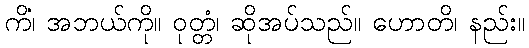
ကိံ၊ အဘယ်ကို။ ဝုတ္တံ၊ ဆိုအပ်သည်။ ဟောတိ၊ နည်း။